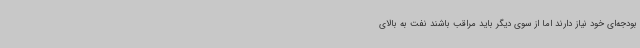
بودجه‌ای خود نیاز دارند اما از سوی دیگر باید مراقب باشند نفت به بالای